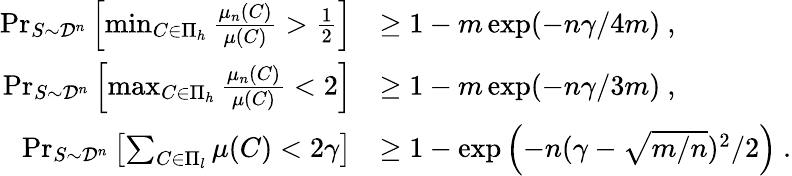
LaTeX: \begin{array}{rl}{\operatorname*{Pr}_{S\sim\mathcal{D}^{n}}\left[\operatorname*{min}_{C\in\Pi_{h}}\frac{\mu_{n}(C)}{\mu(C)}>\frac{1}{2}\right]}&{\geq 1-m\exp(-n\gamma/4m)~,}\\ {\operatorname*{Pr}_{S\sim\mathcal{D}^{n}}\left[\operatorname*{max}_{C\in\Pi_{h}}\frac{\mu_{n}(C)}{\mu(C)}<2\right]}&{\geq 1-m\exp(-n\gamma/3m)~,}\\ {\operatorname*{Pr}_{S\sim\mathcal{D}^{n}}\left[\sum_{C\in\Pi_{l}}\mu(C)<2\gamma\right]}&{\geq 1-\exp\left(-n(\gamma-\sqrt{m/n})^{2}/2\right)~.}\end{array}